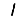
Digit: 1